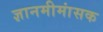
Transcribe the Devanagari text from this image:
ज्ञानमीमांसक